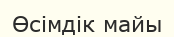
Өсімдік майы